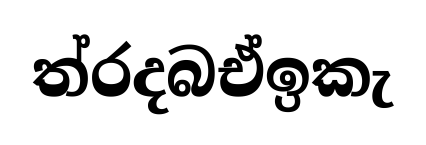
ත්රදබඒඉකැ